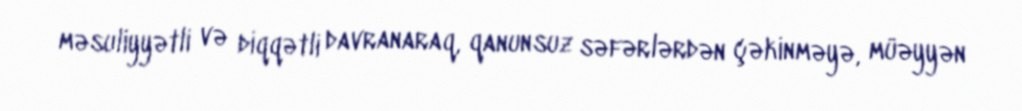
məsuliyyətli və diqqətli davranaraq, qanunsuz səfərlərdən çəkinməyə, müəyyən